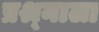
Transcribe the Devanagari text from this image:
प्रश्र्नाला